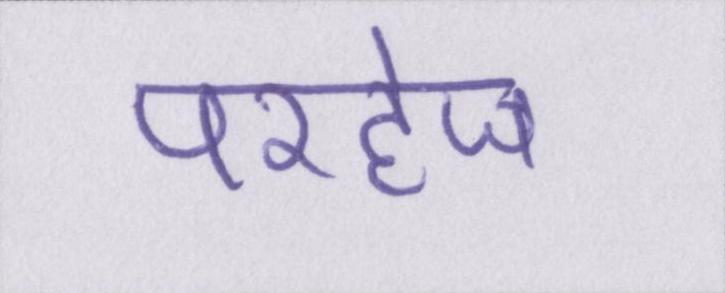
परहेज